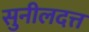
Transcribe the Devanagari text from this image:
सुनीलदत्त